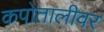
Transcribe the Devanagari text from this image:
कपोतालीवर